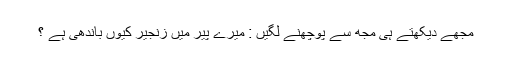
مجھے دیکھتے ہی مجھ سے پوچھنے لگیں : میرے پیر میں زنجیر کیوں باندھی ہے ؟